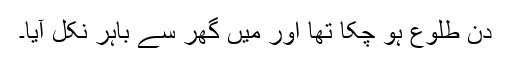
دن طلوع ہو چکا تھا اور مَیں گھر سے باہر نکل آیا۔